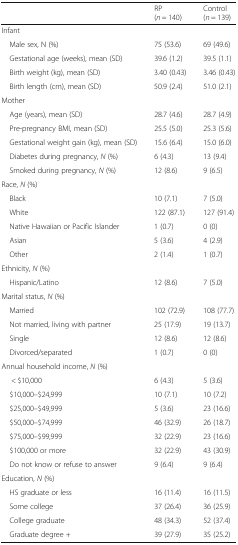
<table><thead><tr><td></td><td><b>RP(<i>n</i> = 140)</b></td><td><b>Control(<i>n</i> = 139)</b></td></tr></thead><tbody><tr><td colspan="3">Infant</td></tr><tr><td> Male sex, N (%)</td><td>75 (53.6)</td><td>69 (49.6)</td></tr><tr><td> Gestational age (weeks), mean (SD)</td><td>39.6 (1.2)</td><td>39.5 (1.1)</td></tr><tr><td> Birth weight (kg), mean (SD)</td><td>3.40 (0.43)</td><td>3.46 (0.43)</td></tr><tr><td> Birth length (cm), mean (SD)</td><td>50.9 (2.4)</td><td>51.0 (2.1)</td></tr><tr><td colspan="3">Mother</td></tr><tr><td> Age (years), mean (SD)</td><td>28.7 (4.6)</td><td>28.7 (4.9)</td></tr><tr><td> Pre-pregnancy BMI, mean (SD)</td><td>25.5 (5.0)</td><td>25.3 (5.6)</td></tr><tr><td> Gestational weight gain (kg), mean (SD)</td><td>15.6 (6.4)</td><td>15.0 (6.0)</td></tr><tr><td> Diabetes during pregnancy, <i>N</i> (%)</td><td>6 (4.3)</td><td>13 (9.4)</td></tr><tr><td> Smoked during pregnancy, <i>N</i> (%)</td><td>12 (8.6)</td><td>9 (6.5)</td></tr><tr><td colspan="3">Race, <i>N</i> (%)</td></tr><tr><td> Black</td><td>10 (7.1)</td><td>7 (5.0)</td></tr><tr><td> White</td><td>122 (87.1)</td><td>127 (91.4)</td></tr><tr><td> Native Hawaiian or Pacific Islander</td><td>1 (0.7)</td><td>0 (0)</td></tr><tr><td> Asian</td><td>5 (3.6)</td><td>4 (2.9)</td></tr><tr><td> Other</td><td>2 (1.4)</td><td>1 (0.7)</td></tr><tr><td colspan="3">Ethnicity, <i>N</i> (%)</td></tr><tr><td> Hispanic/Latino</td><td>12 (8.6)</td><td>7 (5.0)</td></tr><tr><td colspan="3">Marital status, <i>N</i> (%)</td></tr><tr><td> Married</td><td>102 (72.9)</td><td>108 (77.7)</td></tr><tr><td> Not married, living with partner</td><td>25 (17.9)</td><td>19 (13.7)</td></tr><tr><td> Single</td><td>12 (8.6)</td><td>12 (8.6)</td></tr><tr><td> Divorced/separated</td><td>1 (0.7)</td><td>0 (0)</td></tr><tr><td colspan="3">Annual household income, <i>N</i> (%)</td></tr><tr><td>&lt; $10,000</td><td>6 (4.3)</td><td>5 (3.6)</td></tr><tr><td> $10,000–$24,999</td><td>10 (7.1)</td><td>10 (7.2)</td></tr><tr><td> $25,000–$49,999</td><td>5 (3.6)</td><td>23 (16.6)</td></tr><tr><td> $50,000–$74,999</td><td>46 (32.9)</td><td>26 (18.7)</td></tr><tr><td> $75,000–$99,999</td><td>32 (22.9)</td><td>23 (16.6)</td></tr><tr><td> $100,000 or more</td><td>32 (22.9)</td><td>43 (30.9)</td></tr><tr><td> Do not know or refuse to answer</td><td>9 (6.4)</td><td>9 (6.4)</td></tr><tr><td colspan="3">Education, <i>N</i> (%)</td></tr><tr><td> HS graduate or less</td><td>16 (11.4)</td><td>16 (11.5)</td></tr><tr><td> Some college</td><td>37 (26.4)</td><td>36 (25.9)</td></tr><tr><td> College graduate</td><td>48 (34.3)</td><td>52 (37.4)</td></tr><tr><td> Graduate degree +</td><td>39 (27.9)</td><td>35 (25.2)</td></tr></tbody></table>